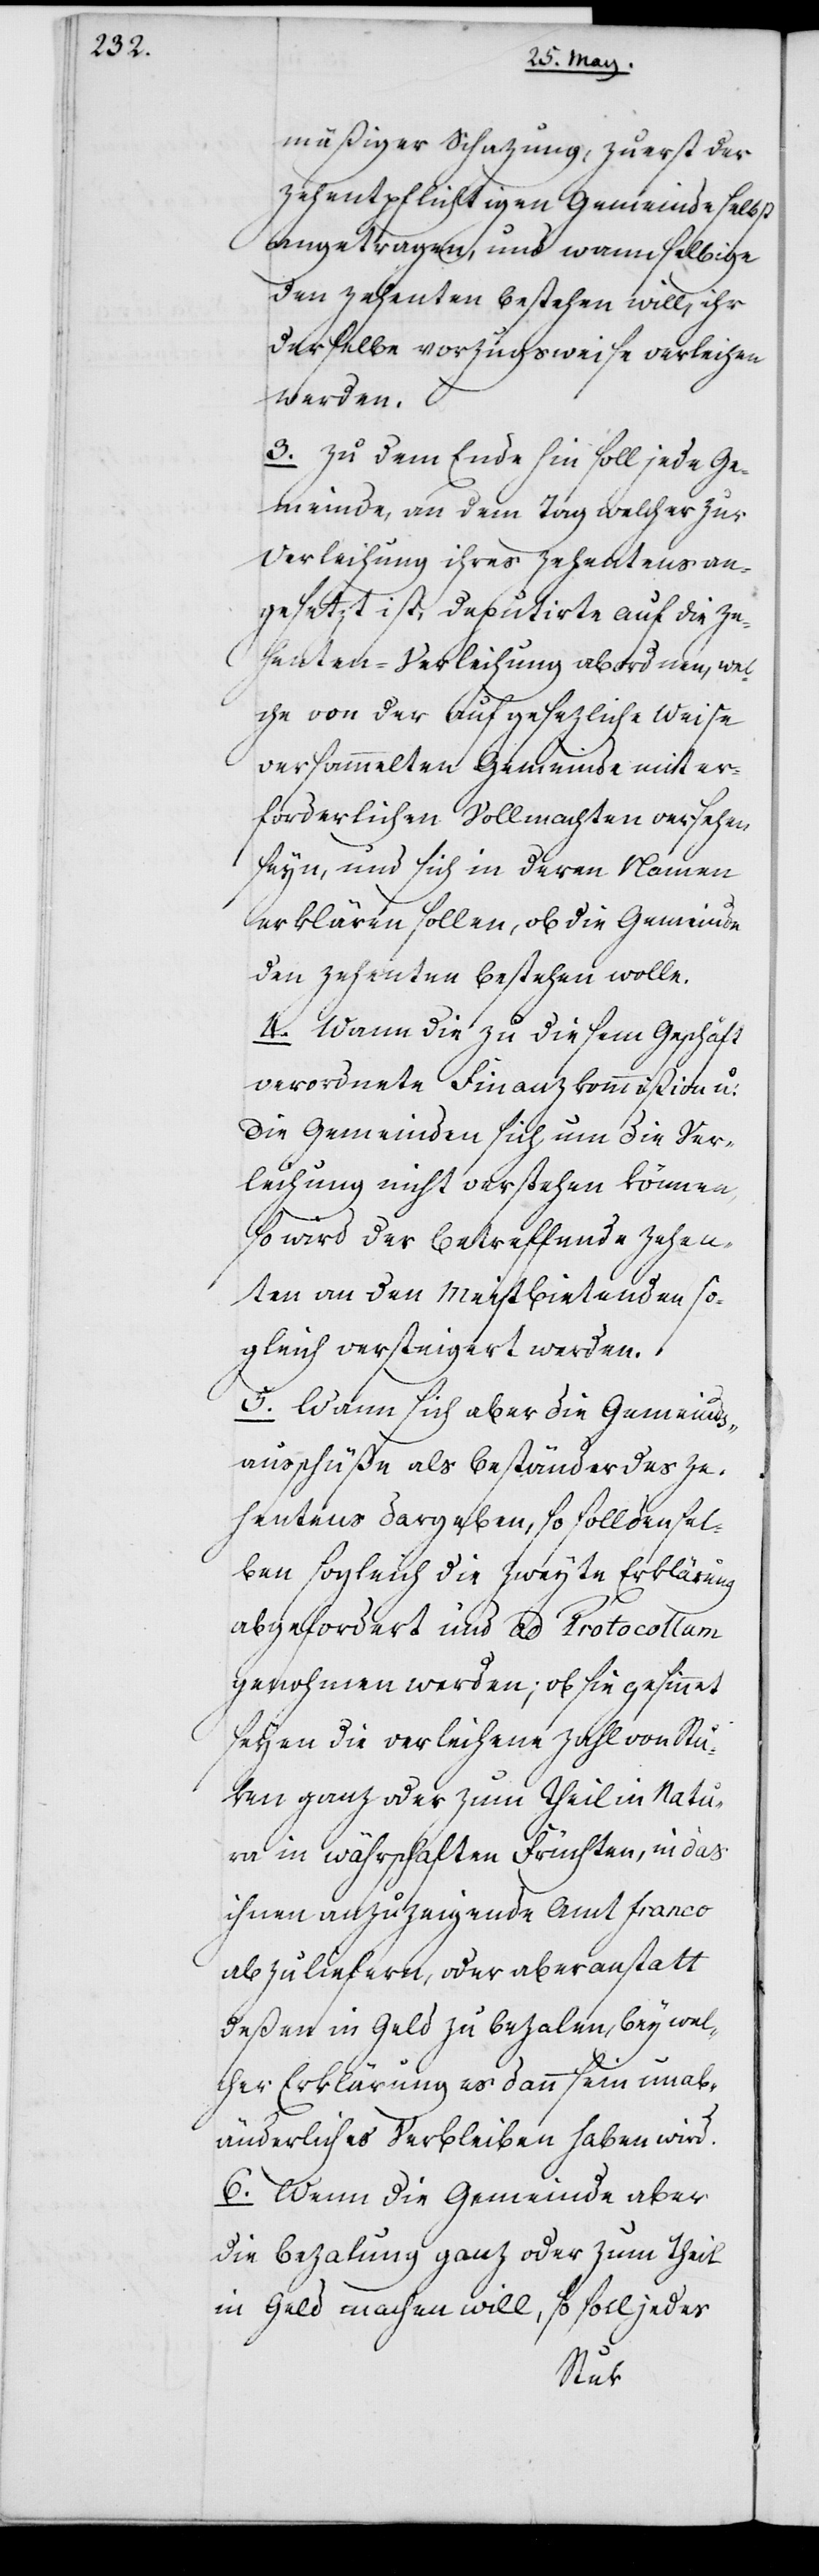
mäßiger Schazung, zuerst der
zehentpflichtigen Gemeinde selbst
angetragen, und wann selbige
den Zehenten bestehen will, ihr
derselbe vorzugsweise verleihen
werden.
3. Zu dem Ende hin soll jede Ge¬
meinde, an dem Tag welcher zur
Verleihung ihres Zehentens an¬
gesetzt ist, Deputirte auf die Ze¬
henten-Verleihung abordnen, wel¬
che von der auf gesezliche Weise
versammelten Gemeinde mit er¬
forderlichen Vollmachten versehen
seyn, und sich in deren Namen
erklären sollen, ob die Gemeinde
den Zehenten bestehen wolle.
4. Wann die zu diesem Geschäft
verordnete Finanzkommißion u:
die Gemeinden sich um die Ver¬
leihung nicht verstehen können,
wird der betreffende Zehen¬
ten an den Meistbietenden so¬
gleich versteigert werden.
5. Wann sich aber die Gemeinds¬
ausschüße als Beständer des Ze¬
hentens dargeben, so soll densel¬
ben sogleich die zweyte Erklärung
abgefordert und ad Protocollum
genohmen werden; ob sie gesinnet
seyen die verleihene Zahl von Stü¬
ken ganz oder zum Theil in Natu¬
ra in währschaften Früchten, in das
ihnen anzuzeigende Amt franco
abzuliefern, oder aber anstatt
deßen in Geld zu bezalen, bey wel¬
cher Erklärung es dann sein unab¬
änderliches Verbleiben haben wird.
6. Wenn die Gemeinde aber
die Bezalung ganz oder zum Theil
in Geld machen will, so soll jedes